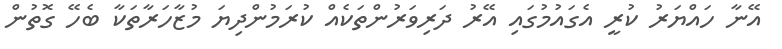
އޭނާ ހައްޔަރު ކުރީ އެގައުމުގައި އޭރު ދަރިވަރުންތަކެއް ކުރަމުންދިޔަ މުޒާހަރާތަކާ ބެހޭ ގޮތުން